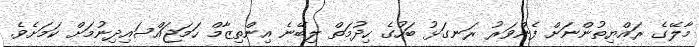
މާލޭގެ ރައްޔިތުންނަށް ފެންވަރު ރަނގަޅު ބަހުގެ ހިދުމަތް ލިބޭނެ އިންތިޒާމް ހަމަޖައްސައިދިނުމަށް ކަމަށެވެ.